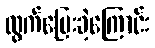
ထွက်ပြေးခဲ့ကြောင်း